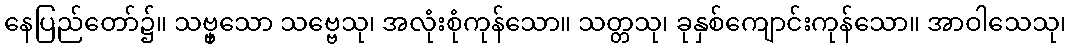
နေပြည်တော်၌။ သဗ္ဗှသော သဗ္ဗေသု၊ အလုံးစုံကုန်သော။ သတ္တသု၊ ခုနှစ်ကျောင်းကုန်သော။ အာဝါသေသု၊